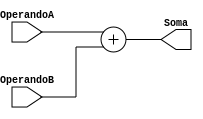
module Adder #(
	parameter WIDTH = 16
) (
	output [WIDTH:0] Soma,
	input [WIDTH-1:0] OperandoA, OperandoB
);

assign Soma = OperandoA + OperandoB;

endmodule